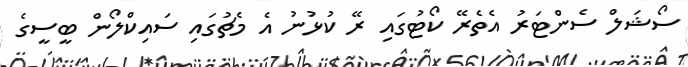
ސޯޝަލް ސެންޓަރު އެތެރޭ ކޯޓުގައި ރޭ ކުޅުނު އެ މެޗުގައި ސައިކްލޯން ބީސީގެ